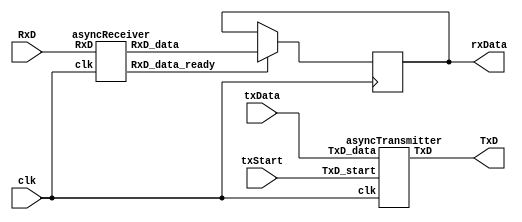
`timescale 1ns / 1ps
// RS-232 RX module
// (c) fpga4fun.com KNJN LLC - 2003, 2004, 2005, 2006

module serialPort(clk, RxD, TxD, txData, rxData, txStart);
input clk;

input RxD;
input txStart;
output TxD;

output [7:0] rxData;
input [7:0] txData;

///////////////////////////////////////////////////
wire [7:0] RxD_data;
asyncReceiver deserializer(.clk(clk), .RxD(RxD), .RxD_data_ready(RxD_data_ready), .RxD_data(RxD_data));

reg [7:0] rxData;
always @(posedge clk) if(RxD_data_ready) rxData <= RxD_data;

///////////////////////////////////////////////////
asyncTransmitter serializer(.clk(clk), .TxD(TxD), .TxD_start(txStart), .TxD_data(txData));
endmodule


module asyncReceiver(clk, RxD, RxD_data_ready, RxD_data ); //, RxD_idle);
input clk, RxD;
output RxD_data_ready;  // onc clock pulse when RxD_data is valid
output [7:0] RxD_data;

parameter ClkFrequency = 50000000; // 50MHz
parameter Baud = 19200;

// We also detect if a gap occurs in the received stream of characters
// That can be useful if multiple characters are sent in burst
//  so that multiple characters can be treated as a "packet"
//output RxD_endofpacket;  // one clock pulse, when no more data is received (RxD_idle is going high)
//output RxD_idle;  // no data is being received

// Baud generator (we use 8 times oversampling)
parameter Baud8 = Baud*8;
parameter Baud8GeneratorAccWidth = 16;
wire [Baud8GeneratorAccWidth:0] Baud8GeneratorInc = ((Baud8<<(Baud8GeneratorAccWidth-7))+(ClkFrequency>>8))/(ClkFrequency>>7);
reg [Baud8GeneratorAccWidth:0] Baud8GeneratorAcc;
always @(posedge clk) Baud8GeneratorAcc <= Baud8GeneratorAcc[Baud8GeneratorAccWidth-1:0] + Baud8GeneratorInc;
wire Baud8Tick = Baud8GeneratorAcc[Baud8GeneratorAccWidth];

////////////////////////////
reg [1:0] RxD_sync_inv;
always @(posedge clk) if(Baud8Tick) RxD_sync_inv <= {RxD_sync_inv[0], ~RxD};
// we invert RxD, so that the idle becomes "0", to prevent a phantom character to be received at startup

reg [1:0] RxD_cnt_inv;
reg RxD_bit_inv;

always @(posedge clk)
if(Baud8Tick)
begin
	if( RxD_sync_inv[1] && RxD_cnt_inv!=2'b11) RxD_cnt_inv <= RxD_cnt_inv + 2'h1;
	else 
	if(~RxD_sync_inv[1] && RxD_cnt_inv!=2'b00) RxD_cnt_inv <= RxD_cnt_inv - 2'h1;

	if(RxD_cnt_inv==2'b00) RxD_bit_inv <= 1'b0;
	else
	if(RxD_cnt_inv==2'b11) RxD_bit_inv <= 1'b1;
end

reg [3:0] state;
reg [3:0] bit_spacing;

// "next_bit" controls when the data sampling occurs
// depending on how noisy the RxD is, different values might work better
// with a clean connection, values from 8 to 11 work
wire next_bit = (bit_spacing==4'd10);

always @(posedge clk)
if(state==0)
	bit_spacing <= 4'b0000;
else
if(Baud8Tick)
	bit_spacing <= {bit_spacing[2:0] + 4'b0001} | {bit_spacing[3], 3'b000};

always @(posedge clk)
if(Baud8Tick)
case(state)
	4'b0000: if(RxD_bit_inv) state <= 4'b1000;  // start bit found?
	4'b1000: if(next_bit) state <= 4'b1001;  // bit 0
	4'b1001: if(next_bit) state <= 4'b1010;  // bit 1
	4'b1010: if(next_bit) state <= 4'b1011;  // bit 2
	4'b1011: if(next_bit) state <= 4'b1100;  // bit 3
	4'b1100: if(next_bit) state <= 4'b1101;  // bit 4
	4'b1101: if(next_bit) state <= 4'b1110;  // bit 5
	4'b1110: if(next_bit) state <= 4'b1111;  // bit 6
	4'b1111: if(next_bit) state <= 4'b0001;  // bit 7
	4'b0001: if(next_bit) state <= 4'b0000;  // stop bit
	default: state <= 4'b0000;
endcase

reg [7:0] RxD_data;
always @(posedge clk)
if(Baud8Tick && next_bit && state[3]) RxD_data <= {~RxD_bit_inv, RxD_data[7:1]};

reg RxD_data_ready;
// reg RxD_data_error;
always @(posedge clk)
begin
	RxD_data_ready <= (Baud8Tick && next_bit && state==4'b0001 && ~RxD_bit_inv);  // ready only if the stop bit is received
	//RxD_data_error <= (Baud8Tick && next_bit && state==4'b0001 &&  RxD_bit_inv);  // error if the stop bit is not received
end

//reg [4:0] gap_count;
//always @(posedge clk) if (state!=0) gap_count<=5'h00; else if(Baud8Tick & ~gap_count[4]) gap_count <= gap_count + 5'h01;
//assign RxD_idle = gap_count[4];
/*reg RxD_endofpacket; always @(posedge clk) RxD_endofpacket <= Baud8Tick & (gap_count==5'h0F);*/

endmodule



module asyncTransmitter(clk, TxD_start, TxD_data, TxD, TxD_busy);
input clk, TxD_start;
input [7:0] TxD_data;
output TxD, TxD_busy;

parameter ClkFrequency = 50000000;	// 50MHz
parameter Baud = 19200;
parameter RegisterInputData = 1;	// in RegisterInputData mode, the input doesn't have to stay valid while the character is been transmitted

// Baud generator
parameter BaudGeneratorAccWidth = 16;
reg [BaudGeneratorAccWidth:0] BaudGeneratorAcc;
`ifdef DEBUG
wire [BaudGeneratorAccWidth:0] BaudGeneratorInc = 17'h10000;
`else
wire [BaudGeneratorAccWidth:0] BaudGeneratorInc = ((Baud<<(BaudGeneratorAccWidth-4))+(ClkFrequency>>5))/(ClkFrequency>>4);
`endif

wire BaudTick = BaudGeneratorAcc[BaudGeneratorAccWidth];
wire TxD_busy;
always @(posedge clk) if(TxD_busy) BaudGeneratorAcc <= BaudGeneratorAcc[BaudGeneratorAccWidth-1:0] + BaudGeneratorInc;

// Transmitter state machine
reg [3:0] state;
wire TxD_ready = (state==0);
assign TxD_busy = ~TxD_ready;

reg [7:0] TxD_dataReg;
always @(posedge clk) if(TxD_ready & TxD_start) TxD_dataReg <= TxD_data;
wire [7:0] TxD_dataD = RegisterInputData ? TxD_dataReg : TxD_data;

always @(posedge clk)
case(state)
	4'b0000: if(TxD_start) state <= 4'b0001;
	4'b0001: if(BaudTick) state <= 4'b0100;
	4'b0100: if(BaudTick) state <= 4'b1000;  // start
	4'b1000: if(BaudTick) state <= 4'b1001;  // bit 0
	4'b1001: if(BaudTick) state <= 4'b1010;  // bit 1
	4'b1010: if(BaudTick) state <= 4'b1011;  // bit 2
	4'b1011: if(BaudTick) state <= 4'b1100;  // bit 3
	4'b1100: if(BaudTick) state <= 4'b1101;  // bit 4
	4'b1101: if(BaudTick) state <= 4'b1110;  // bit 5
	4'b1110: if(BaudTick) state <= 4'b1111;  // bit 6
	4'b1111: if(BaudTick) state <= 4'b0010;  // bit 7
	4'b0010: if(BaudTick) state <= 4'b0011;  // stop1
	4'b0011: if(BaudTick) state <= 4'b0000;  // stop2
	default: if(BaudTick) state <= 4'b0000;
endcase

// Output mux
reg muxbit;
always @( * )
case(state[2:0])
	3'd0: muxbit <= TxD_dataD[0];
	3'd1: muxbit <= TxD_dataD[1];
	3'd2: muxbit <= TxD_dataD[2];
	3'd3: muxbit <= TxD_dataD[3];
	3'd4: muxbit <= TxD_dataD[4];
	3'd5: muxbit <= TxD_dataD[5];
	3'd6: muxbit <= TxD_dataD[6];
	3'd7: muxbit <= TxD_dataD[7];
endcase

// Put together the start, data and stop bits
reg TxD;
always @(posedge clk) TxD <= (state<4) | (state[3] & muxbit);  // register the output to make it glitch free

endmodule